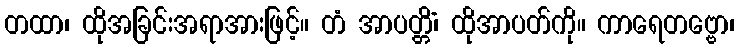
တထာ၊ ထိုအခြင်းအရာအားဖြင့်။ တံ အာပတ္တိံ၊ ထိုအာပတ်ကို။ ကာရေတဗ္ဗော၊